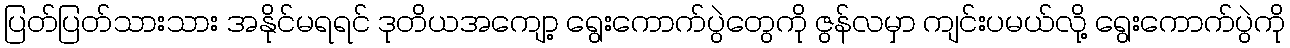
ပြတ်ပြတ်သားသား အနိုင်မရရင် ဒုတိယအကျော့ ရွေးကောက်ပွဲတွေကို ဇွန်လမှာ ကျင်းပမယ်လို့ ရွေးကောက်ပွဲကို